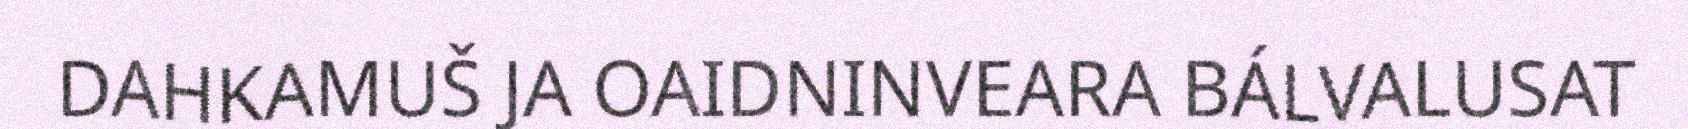
DAHKAMUŠ JA OAIDNINVEARA BÁLVALUSAT